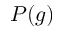
P ( g )